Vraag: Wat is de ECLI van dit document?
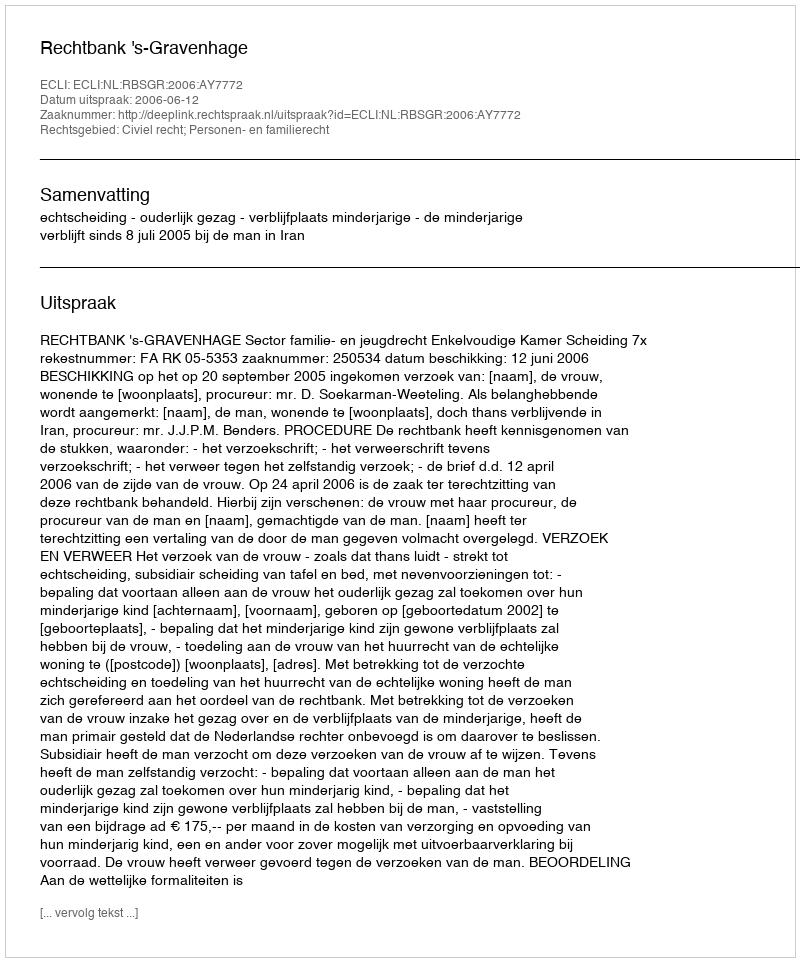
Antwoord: ECLI:NL:RBSGR:2006:AY7772